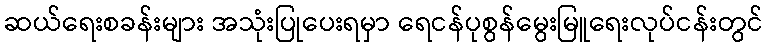
ဆယ်ရေးစခန်းများ အသုံးပြုပေးရမှာ ရေငန်ပုစွန်မွေးမြူရေးလုပ်ငန်းတွင်